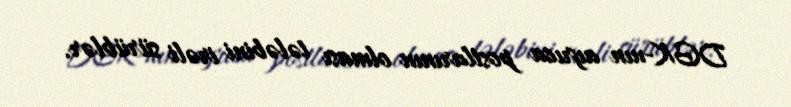
DGK-nın ayrıca postlarının olması tələbini irəli sürüblər.